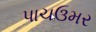
પાચઉમર